Calcutta medical institutions reports 1879-81 [i.e.91]
Year: 1879
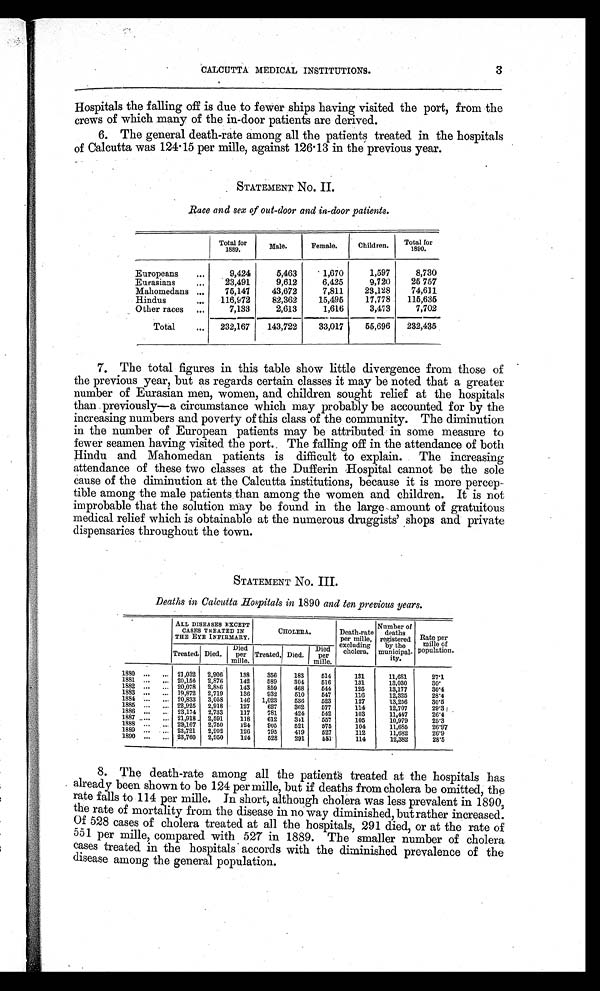
3
CALCUTTA MEDICAL INSTITUTIONS.
Hospitals the falling off is due to fewer ships having visited the port, from the
crews of which many of the in-door patients are derived.
6. The general death-rate among all the patients treated in the hospitals
of Calcutta was 124.15 per mille, against 126.13 in the previous year.
STATEMENT NO. II.
Race and sex of out-door and in-door patients.
Total for
1889.
Male.
Female.
Children.
Total for
1890.
Europeans
...
9,424
5,463
1,670
1,597
8,730
Eurasians
...
23,491
9,612
6,425
9,720
25 757
Mahomedans ...
75,147
43,672
7,811
23,128
74,611
Hindus
...
1 1 6 , 9 7 2
82,362
15,495
17,778
115,635
Other races ...
7,133
2,613
1,616
3,473
7,702
Total
...
232,167
143,722
33,017
55,696
232,435
7. The total figures in this table show little divergence from those of
the previous year, but as regards certain classes it may be noted that a greater
number of Eurasian men, women, and children sought relief at the hospitals
than previously—a circumstance which may probably be accounted for by the
increasing numbers and poverty of this class of the community. The diminution
in the number of European patients may be attributed in some measure to
fewer seamen having visited the port. The falling off in the attendance of both
Hindu and Mahomedan patients is difficult to explain. The increasing
attendance of these two classes at the Dufferin Hospital cannot be the sole
cause of the diminution at the Calcutta institutions, because it is more percep-
tible among the male patients than among the women and children. It is not
improbable that the solution may be found in the large amount of gratuitous
medical relief which is obtainable at the numerous druggists' shops and private
dispensaries throughout the town.
STATEMENT NO. III.
Deaths in Calcutta Hospitals in 1890 and ten previous years .
ALL DISEASES EXCEPT
CASES TREATED IN
THE EYE INFIRMARY.
CHOLERA.
Death-rate
per mille,
excluding
cholera.
Number of
deaths
registered
by the
municipal-
ity.
Rate per
mille of
population.
Treated. Died.
Died
per
mille.
Treated. Died.
Died
per
mille.
1880 ...
... 21,032 2,906
138
356
183
514
131
11,681
27.1
1881 ...
... 20,156 2,876
142
589
304
516
131
13,030
30.
1882 ...
... 20,078
2,886
143
859
468
544
125
13,177
30.4
1883 ...
... 19,872 2,719
136
932
510
547
116
12,325
28.4
1884 ...
... 20,833
3,058
146 1,023
536
523
127
1.3,256
30.5
1885 ...
... 22,925
2,918
127
627
362
577
114
12,707
29.3
1886 ...
... 23,174 2,733
117
781
424
542
103
11,447
26.4
1887
. . . ... 21,918 2,591 118 612 341 557
105
10,979
25.3
1888 ...
... 22,167 2,750
124
905
521
575
104
11,685
26.97
1889 ...
... 23,721
2,992
126
795
419
527
112
11,682
26.9
1890 ...
... 23,760
2,950
124
528
291
551
114
12,382
28.5
8. The death-rate among all the patients treated at the hospitals has
already been shown to be 124 per mille, but if deaths from cholera be omitted, the
rate falls to 114 per mille. In short, although cholera was less prevalent in 1890,
the rate of mortality from the disease in no way diminished, but rather increased.
Of 528 cases of cholera treated at all the hospitals, 291 died, or at the rate of
551 per mille, compared with 527 in 1889. The smaller number of cholera
cases treated in the hospitals accords with the diminished prevalence of the
disease among the general population.